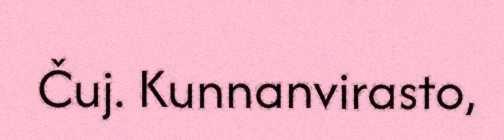
Čuj. Kunnanvirasto,